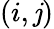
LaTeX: \left(i,\mathit{j}\right)